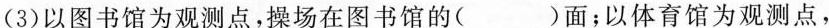
(3)以图书馆为观测点，操场在图书馆的( )面；以体育馆为观测点，